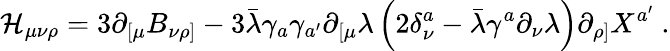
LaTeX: {\cal H}_{\mu\nu\rho}=3\partial_{[\mu}B_{\nu\rho]}-3\bar{\lambda}\gamma_{a}\gamma_{a^{\prime}}\partial_{[\mu}\lambda\left(2\delta_{\nu}^{a}-\bar{\lambda}\gamma^{a}\partial_{\nu}\lambda\right)\partial_{\rho]}X^{a^{\prime}}\ .